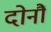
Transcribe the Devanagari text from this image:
दोनौं